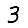
Digit: 3